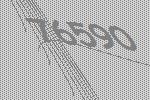
76590